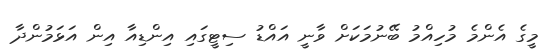
މީގެ އެންމެ މުހިއްމު ބޭނުމަކަށް ވާނީ އައްޑު ސިޓީގައި އިންޑިއާ އިން އަޅަމުންދާ